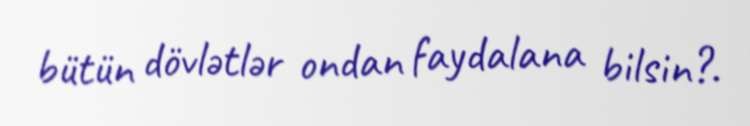
bütün dövlətlər ondan faydalana bilsin?.